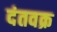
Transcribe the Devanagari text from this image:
दंतवक्र